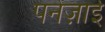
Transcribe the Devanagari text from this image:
पनेज़ाई